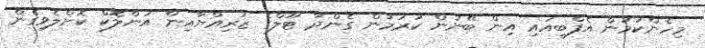
މިހެންކަމުން އެފްބީއައި އިން ބޭނުން ކުރަމުން ގެންދާ ޓޫލްގެ ޒަރިއްޔާއިން އަންލޮކް ކޮށްލެވިގެން